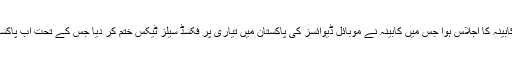
تفصیلات کے مطابق گزشتہ روز وزیراعظم کی زیر صدارت وفاقی کابینہ کا اجلاس ہوا جس میں کابینہ نے موبائل ڈیوائسز کی پاکستان میں تیاری پر فکسڈ سیلز ٹیکس ختم کر دیا جس کے تحت اب پاکستان میں موبائل فون کی تیاری اور اسملبنگ پر مراعات دی جائیں گی۔